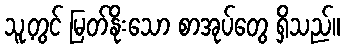
သူ့တွင် မြတ်နိုးသော စာအုပ်တွေ ရှိသည်။